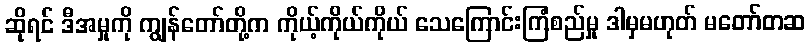
ဆိုရင် ဒီအမှုကို ကျွန်တော်တို့က ကိုယ့်ကိုယ်ကိုယ် သေကြောင်းကြံစည်မှု ဒါမှမဟုတ် မတော်တဆ